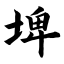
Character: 埤